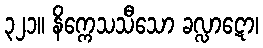
၃၂၁။ နိက္ကေသသီသော ခလ္လာဋော၊